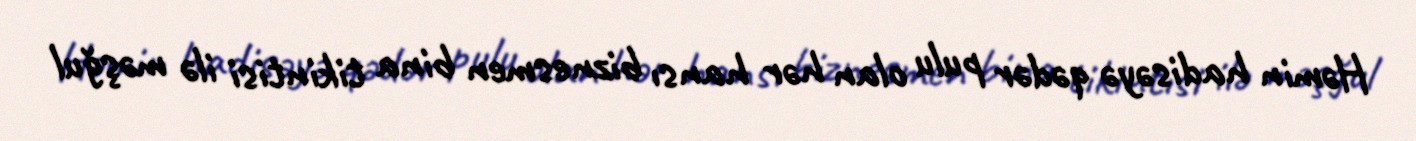
Həmin hadisəyə qədər pulu olan hər hansı biznesmen bina tikintisi ilə məşğul